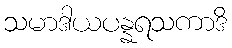
သမာဒါယပန္နရသကာဒိ